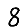
Digit: 8